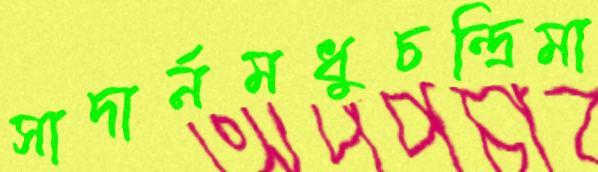
সাদার্নমধুচন্দ্রিমা